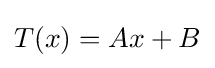
T(x)=Ax+B